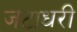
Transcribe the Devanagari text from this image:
जटाधरी